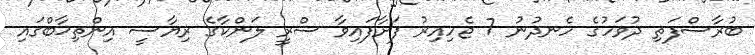
ބުރާސްފަތި ދުވަހުގެ ހެނދުނު 7 ޖެހިއިރު ފަށާފައިވާ ސްރީ ލަންކާގެ ރިޔާސީ އިންތިޚާބްގައި